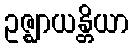
ဥဇ္ဈာယန္တိယာ